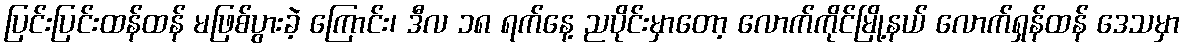
ပြင်းပြင်းထန်ထန် မဖြစ်ပွားခဲ့ ကြောင်း၊ ဒီလ ၁၈ ရက်နေ့ ညပိုင်းမှာတော့ လောက်ကိုင်မြို့နယ် လောက်ရှန်ထန် ဒေသမှာ